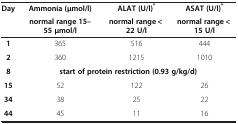
<table><thead><tr><td rowspan="2"><b>Day</b></td><td><b>Ammonia (μmol/l)</b></td><td><b>ALAT (U/l)<sup>*</sup></b></td><td><b>ASAT (U/l)<sup>*</sup></b></td></tr><tr><td><b>normal range 15–55 μmol/l</b></td><td><b>normal range &lt; 22 U/l</b></td><td><b>normal range &lt; 15 U/l</b></td></tr></thead><tbody><tr><td><b>1</b></td><td>365</td><td>516</td><td>444</td></tr><tr><td><b>2</b></td><td>360</td><td>1215</td><td>1010</td></tr><tr><td><b>8</b></td><td colspan="3"><b>start of protein restriction (0.93 g/kg/d)</b></td></tr><tr><td><b>15</b></td><td>52</td><td>122</td><td>26</td></tr><tr><td><b>34</b></td><td>38</td><td>25</td><td>22</td></tr><tr><td><b>44</b></td><td>45</td><td>11</td><td>16</td></tr></tbody></table>